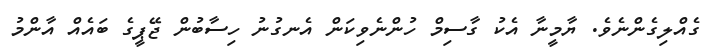
ގެއްލިގެންނެވެ. ޔާމީނާ އެކު ގާސިމް ހުންނެވިކަން އެނގުނު ހިސާބުން ޖޭޕީގެ ބައެއް އާންމު